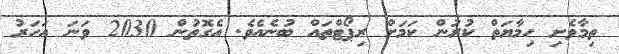
ތިމާވެށި ހިމާޔަތް ކުރުން ކަމަށް ރިޕޯޓްތައް ބުނެއެވެ. އެގޮތުން 2030 ވަނަ އަހަރު